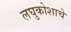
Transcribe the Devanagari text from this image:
लघुकोशाचे